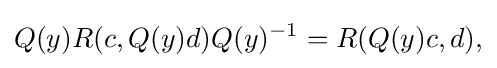
\displaystyle {Q(y)R(c,Q(y)d)Q(y)^{-1}=R(Q(y)c,d),}